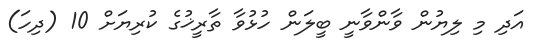
އަދި މި ލިޔުން ވާންވާނީ ބީލަން ހުޅުވާ ތާރީޚުގެ ކުރިޔަށް 10 (ދިހަ)